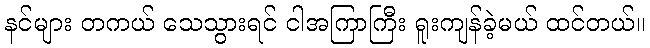
နင်များ တကယ် သေသွားရင် ငါအကြာကြီး ရူးကျန်ခဲ့မယ် ထင်တယ်။